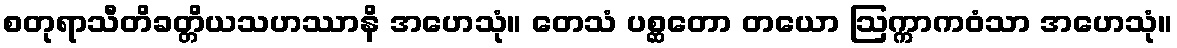
စတုရာသီတိခတ္တိယသဟဿာနိ အဟေသုံ။ တေသံ ပစ္ဆတော တယော ဩက္ကာကဝံသာ အဟေသုံ။